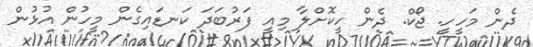
ދެން މަހީހީ. ޖޯކް. ދެން ހީކޮށްލާ މިއީ ފަރުބަދަ ކަނޑައިގެން މީހުން އުޅުން